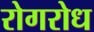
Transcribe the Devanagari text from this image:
रोगरोध